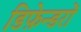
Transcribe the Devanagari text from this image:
डिफ़ेन्डरों